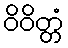
ဝိဝိတ္တံ